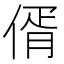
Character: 偦